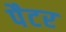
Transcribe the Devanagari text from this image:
पैटर